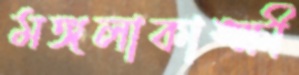
মঙ্গলাকাঙ্ক্ষী